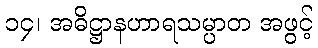
၁၄၊ အဓိဋ္ဌာနဟာရသမ္ပာတ အဖွင့်